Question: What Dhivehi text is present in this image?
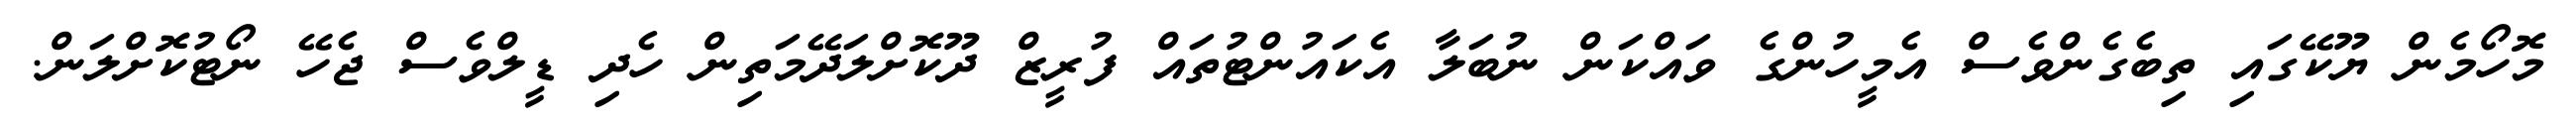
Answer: މޮހޯމެން ޔޫކޭގައި ތިބެގެންވެސް އެމީހުންގެ ވައްކަން ނުބަލާ އެކައުންޓުތައް ފުރީޒް ދޫކޮށްލަދޭމަތިން ހެދި ޑީލްވެސް ޖެހޭ ނޯޓުކޮށްލަން.